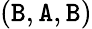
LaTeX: (\mathtt{B},\mathtt{A},\mathtt{B})